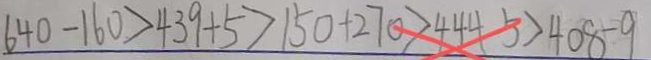
6 4 0 - 1 6 0 > 4 3 9 + 5 > 1 5 0 + 2 7 0 > 4 4 4 5 > 4 0 8 - 9